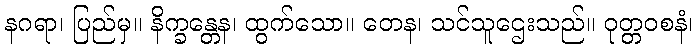
နဂရာ၊ ပြည်မှ။ နိက္ခန္တေန၊ ထွက်သော။ တေန၊ သင်သူဌေးသည်။ ဝုတ္တဝစနံ၊